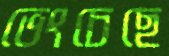
ভেংচেছে